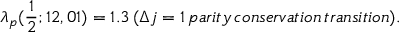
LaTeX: \lambda _ { p } ( \frac 1 2 ; 1 2 , 0 1 ) = 1 . 3 \AA \, ( \Delta j = 1 \, p a r i t y \, c o n s e r v a t i o n \, t r a n s i t i o n ) . \nonumber